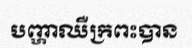
បញ្ហាឈឺក្រពះបាន